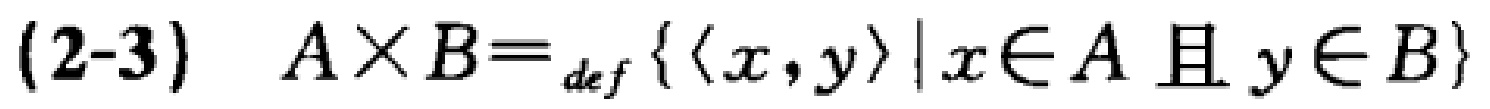
(2-3) \(A\times B =_{def} \{ \langle x,y\rangle\mid x\in A \text{ 且 } y\in B\}\)